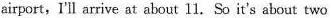
airport,I'll arrive at about 11. So it's about two